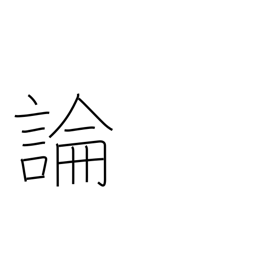
Meaning: argument